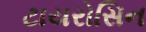
ટાયરોસિન